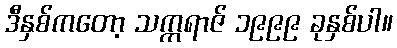
ဒီနှစ်ကတော့ သက္ကရာဇ် ၁၉၉၉ ခုနှစ်ပါ။